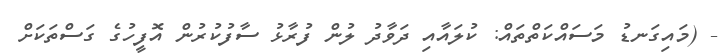
- (މައިގަނޑު މަސައްކަތްތައް: ކުލައާއި ދަވާދު ލުން ފުރާޅު ސާފުކުރުން އޮފީހުގެ ގަސްތަކަށް